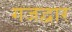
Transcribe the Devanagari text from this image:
गजद्वार